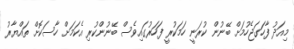
މިއަދު ފާހަގަޖެހުމަށް ބޭނުން ކުރަނީ ހަމަކުރީ ފަހަރުގައިވެސް ބޭނުންކުރި އެކަމަށް ހާސަކޮށް ތައްޔާރު